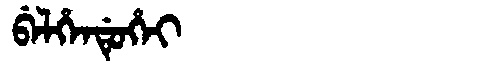
Manchu: ᠪᡝᠯᡥᡝᠨᡩᡠᡥᡝᡳ
Romanization: BELHENDUHEI